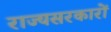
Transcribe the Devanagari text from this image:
राज्यसरकारों